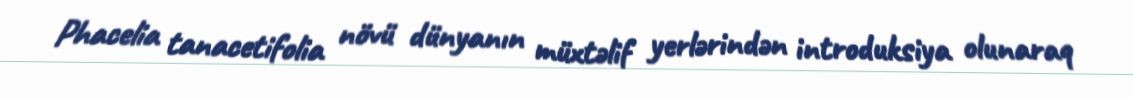
Phacelia tanacetifolia növü dünyanın müxtəlif yerlərindən introduksiya olunaraq